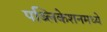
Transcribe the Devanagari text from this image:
पब्लिकेशनमध्ये